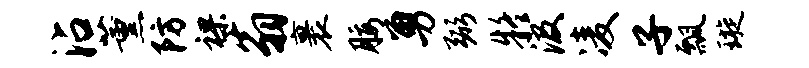
沾薰防裸翁裹腰勇弼疑汲凌子瓢璇